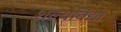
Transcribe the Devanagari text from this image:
शल्यविद्या